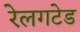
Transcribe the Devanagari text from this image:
रेलगटेड